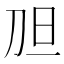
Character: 𱐖